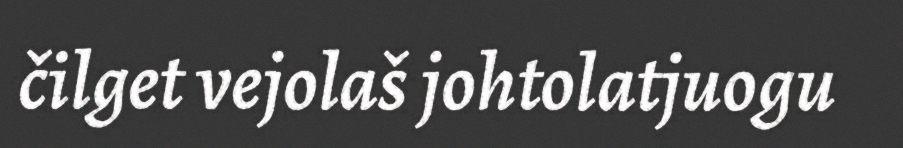
čilget vejolaš johtolatjuogu